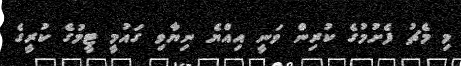
މި މެޗު ފެށުމުގެ ކުރިން ވަނީ އިއްޔެ ނިޔާވި ގައުމީ ޓީމުގެ ކުރީގެ